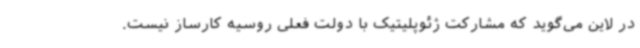
در لاین می‌گوید که مشارکت ژئوپلیتیک با دولت فعلی روسیه کارساز نیست.